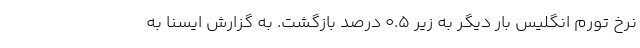
نرخ تورم انگلیس بار دیگر به زیر ۰.۵ درصد بازگشت. به گزارش ایسنا به